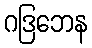
ဂဒြဘေန